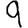
Digit: 9